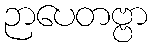
ဉာပေတဗ္ဗာ